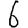
Digit: 6